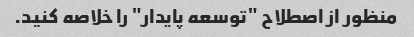
منظور از اصطلاح "توسعه پایدار" را خلاصه کنید.